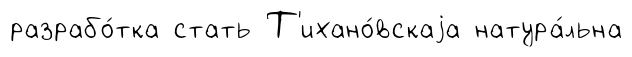
разрабо́тка стать Т'ихано́вскаjа натура́льна